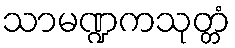
သာမဏ္ဍကသုတ္တံ